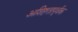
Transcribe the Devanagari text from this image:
अशिष्टतापूर्वक